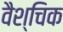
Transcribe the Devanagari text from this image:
वैश्चिक